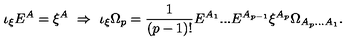
\iota _ { \xi } E ^ { A } = \xi ^ { A } \ \Rightarrow \ \iota _ { \xi } \Omega _ { p } = \frac { 1 } { ( p - 1 ) ! } E ^ { A _ { 1 } } . . . E ^ { A _ { p - 1 } } \xi ^ { A _ { p } } \Omega _ { A _ { p } . . . A _ { 1 } } .